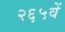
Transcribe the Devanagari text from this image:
२६५वें